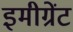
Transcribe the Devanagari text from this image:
इमीग्रेंट